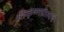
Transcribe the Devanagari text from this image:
श्रीकृष्णप्रीत्यर्थे